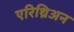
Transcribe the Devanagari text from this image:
एरिथ्रिअन